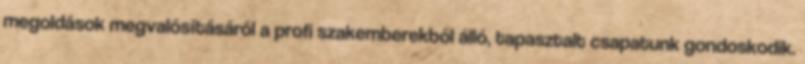
megoldások megvalósításáról a profi szakemberekből álló, tapasztalt csapatunk gondoskodik.